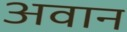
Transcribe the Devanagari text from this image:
अवान